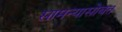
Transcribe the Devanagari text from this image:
सामन्यासोबत